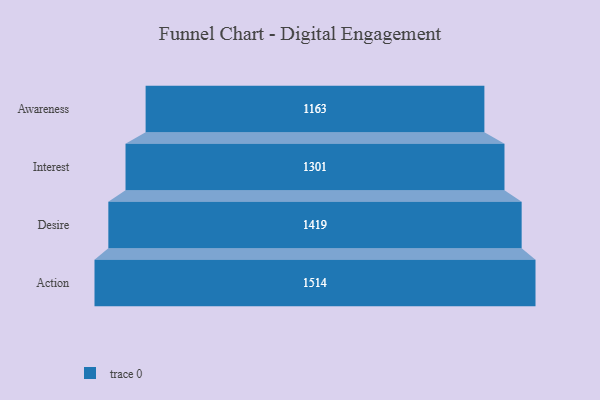
{"axis": {"x": "Stage", "y": "Value"}, "legend": [""], "data": [{"x": "Awareness", "y": 1163.0, "type": ""}, {"x": "Interest", "y": 1301.0, "type": ""}, {"x": "Desire", "y": 1419.0, "type": ""}, {"x": "Action", "y": 1514.0, "type": ""}]}